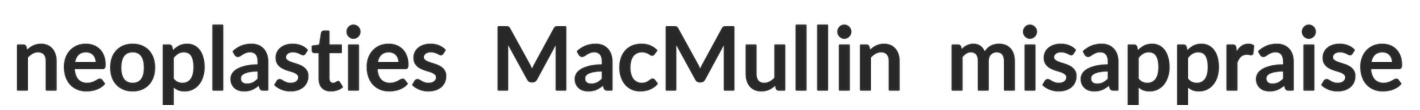
neoplasties MacMullin misappraise